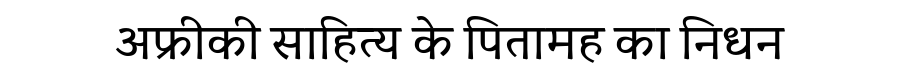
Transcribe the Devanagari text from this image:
अफ्रीकी साहित्य के पितामह का निधन